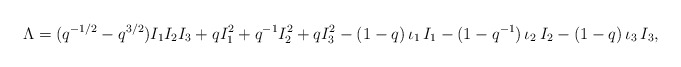
\begin{align*} \Lambda=(q^{-1/2}-q^{3/2}) I_1I_2I_3+q I_1^2+q^{-1}I_2^2+q I_3^2-(1-q)\,\iota_1\, I_1-(1-q^{-1})\,\iota_2\,I_2-(1-q)\,\iota_3\, I_3,\end{align*}